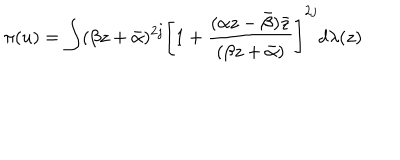
\pi ( u ) = \int ( \beta z + \bar { \alpha } ) ^ { 2 j } \left[ 1 + \frac { ( \alpha z - \bar { \beta } ) \bar { z } } { ( \beta z + \bar { \alpha } ) } \right] ^ { 2 j } d \lambda ( z )